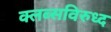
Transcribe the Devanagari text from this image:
क्लब्सविरुध्द